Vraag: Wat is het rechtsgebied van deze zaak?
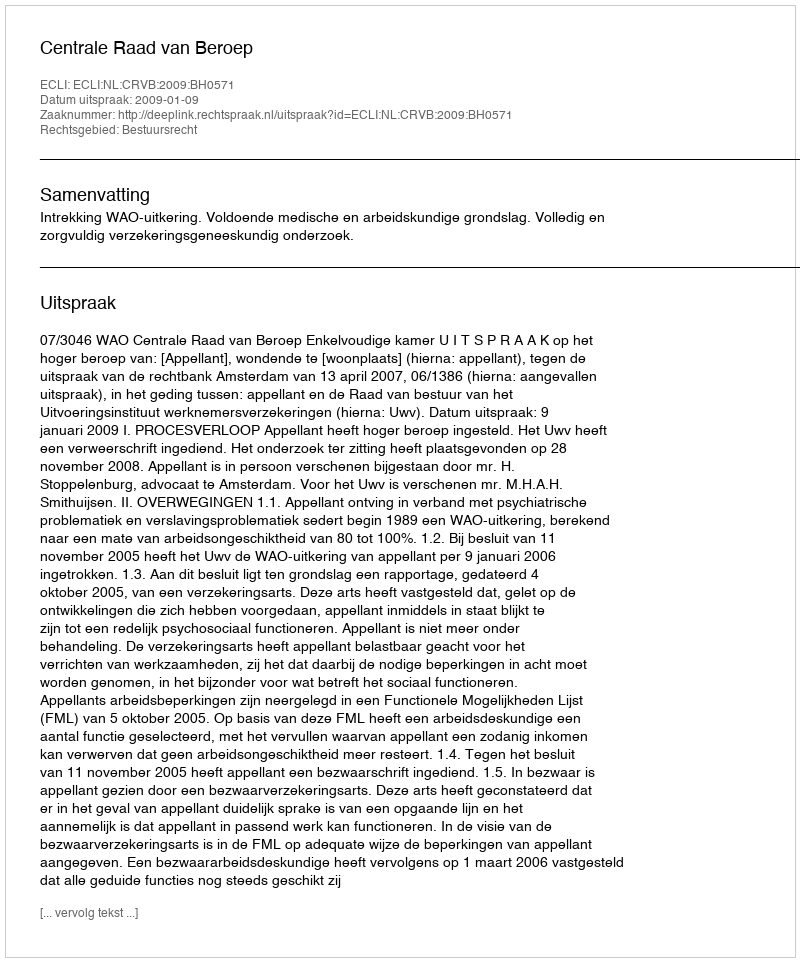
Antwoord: Bestuursrecht